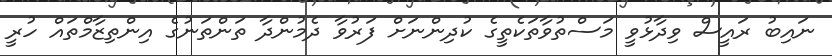
ނައިބު ރައީސް ވިދާޅުވީ މަސްތުވާތަކެތީގެ ކުދިންނަށް ފަރުވާ ދެމުންދާ ތަންތަނުގެ އިންތިޒާމްތައް ހުރީ